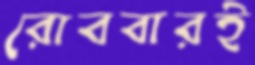
রোববারই